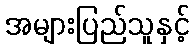
အများပြည်သူနှင့်